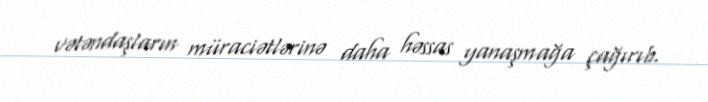
vətəndaşların müraciətlərinə daha həssas yanaşmağa çağırıb.